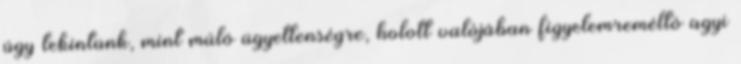
úgy tekintünk, mint múló ügyetlenségre, holott valójában figyelemreméltó agyi